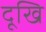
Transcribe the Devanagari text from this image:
दूखि